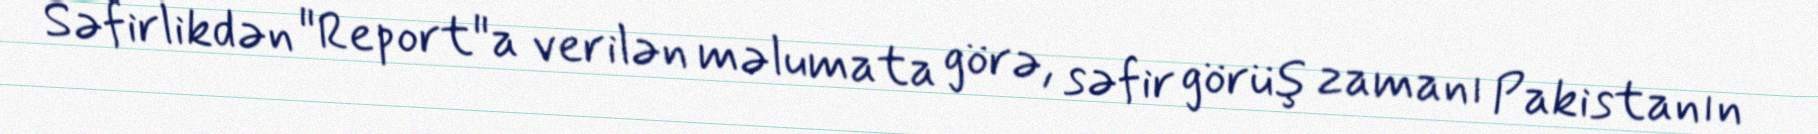
Səfirlikdən "Report"a verilən məlumata görə, səfir görüş zamanı Pakistanın